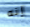
إنه